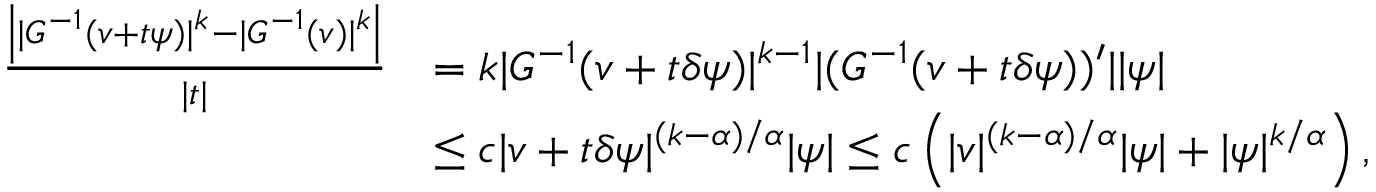
\begin{array} { r l } { \frac { \left| | G ^ { - 1 } ( v + t \psi ) | ^ { k } - | G ^ { - 1 } ( v ) | ^ { k } \right| } { | t | } } & { = k | G ^ { - 1 } ( v + t \delta \psi ) | ^ { k - 1 } | ( G ^ { - 1 } ( v + t \delta \psi ) ) ^ { \prime } | | \psi | } \\ & { \le c | v + t \delta \psi | ^ { ( k - \alpha ) / \alpha } | \psi | \le c \left( | v | ^ { ( k - \alpha ) / \alpha } | \psi | + | \psi | ^ { k / \alpha } \right) , } \end{array}